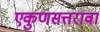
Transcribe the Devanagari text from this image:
एकुणसत्तरावा